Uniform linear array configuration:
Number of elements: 8
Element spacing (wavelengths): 1
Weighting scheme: hamming
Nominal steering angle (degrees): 30
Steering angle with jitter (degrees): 30.915
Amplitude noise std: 0.05
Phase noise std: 0.05

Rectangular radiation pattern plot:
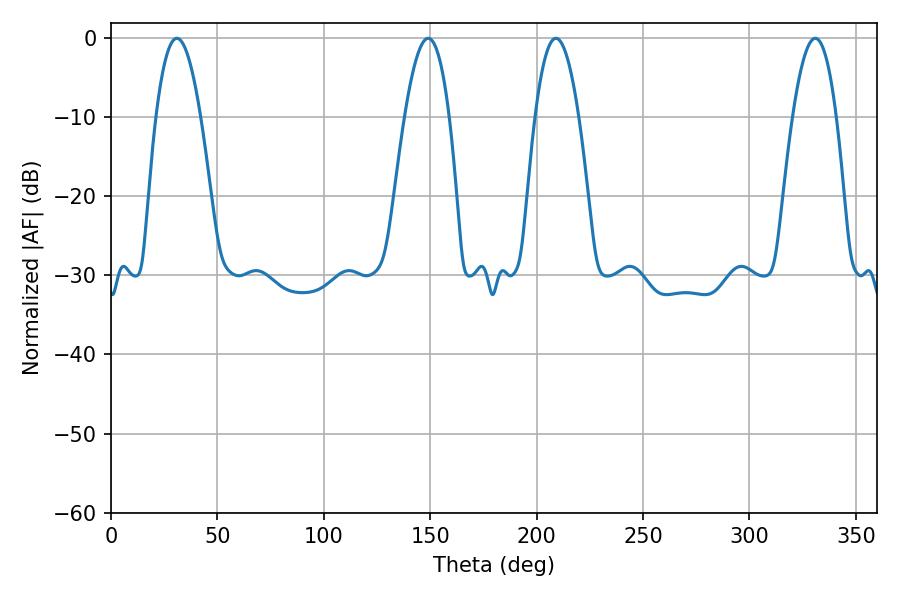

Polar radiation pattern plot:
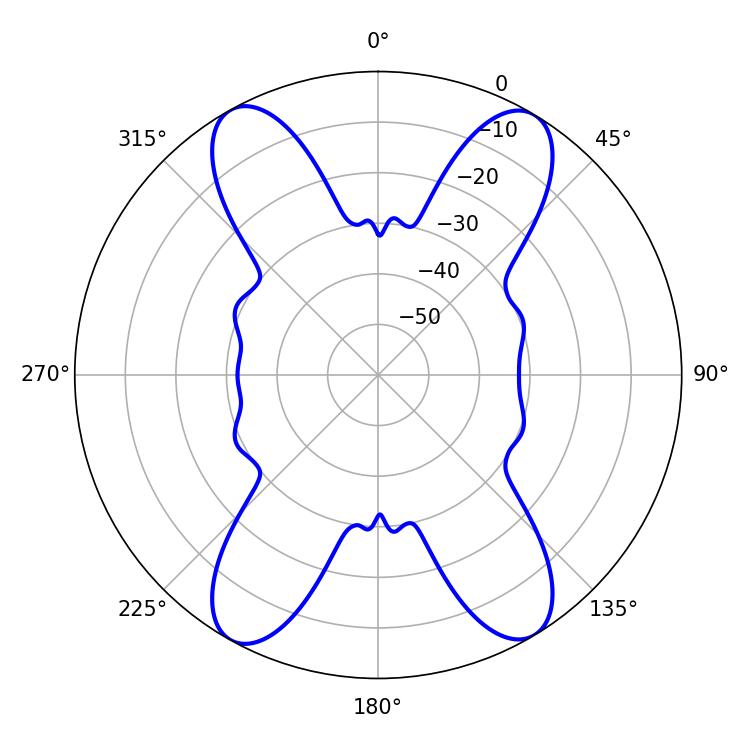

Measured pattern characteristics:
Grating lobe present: TRUE
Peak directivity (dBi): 20.553
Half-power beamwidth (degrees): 11.52
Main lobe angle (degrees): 30.96